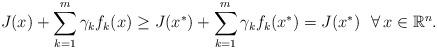
LaTeX: \begin{align*}J(x)+\sum\limits_{k=1}^m\gamma_kf_k(x)\ge J(x^*)+\sum\limits_{k=1}^m\gamma_kf_k(x^*)=J(x^*)\ \ \forall\,x\in\mathbb{R}^n.\end{align*}